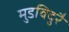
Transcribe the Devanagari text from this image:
मुडविदुरै